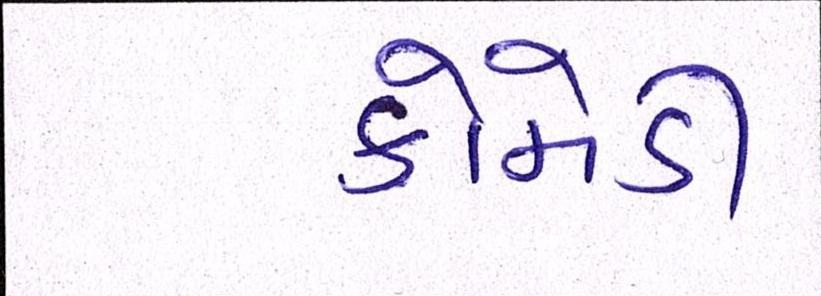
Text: કોમેડી